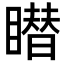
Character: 𥋋